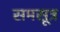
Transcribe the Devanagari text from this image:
समसूत्र